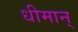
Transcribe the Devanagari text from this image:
धीमान्‌